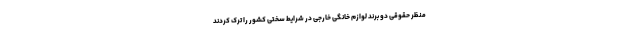
منظر حقوقی دو برند لوازم خانگی خارجی در شرایط سختی کشور را ترک کردند